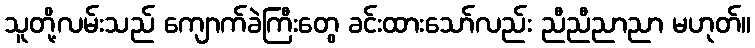
သူတို့လမ်းသည် ကျောက်ခဲကြီးတွေ ခင်းထားသော်လည်း ညီညီညာညာ မဟုတ်။